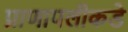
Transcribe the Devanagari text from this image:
प्राणापलीकडे